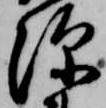
深